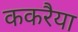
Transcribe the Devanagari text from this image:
ककरैया